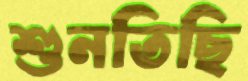
শুনতিছি